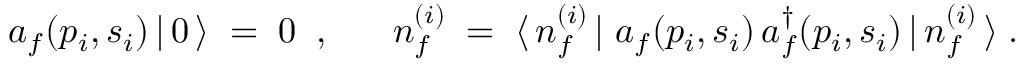
a _ { f } ( p _ { i } , s _ { i } ) \, | \, 0 \, \rangle \; = \; 0 \; \; , \; \; \; \; \; \; n _ { f } ^ { ( i ) } \; = \; \langle \, n _ { f } ^ { ( i ) } \, | \; a _ { f } ( p _ { i } , s _ { i } ) \, a _ { f } ^ { \dagger } ( p _ { i } , s _ { i } ) \, | \, n _ { f } ^ { ( i ) } \, \rangle \; .